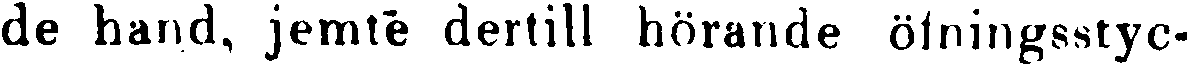
de hand, jemte dertill hörande öfningsstyc-